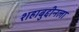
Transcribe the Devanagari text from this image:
शहाबुद्दीनला